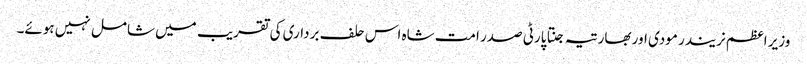
وزیر اعظم نریندر مودی اور بھارتیہ جنتا پارٹی صدر امت شاہ اس حلف برداری کی تقریب میں شامل نہیں ہوئے۔